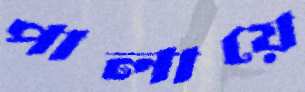
পালায়ে